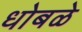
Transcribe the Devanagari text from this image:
धोबळे